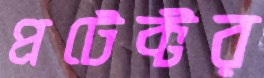
প্রটেক্টর